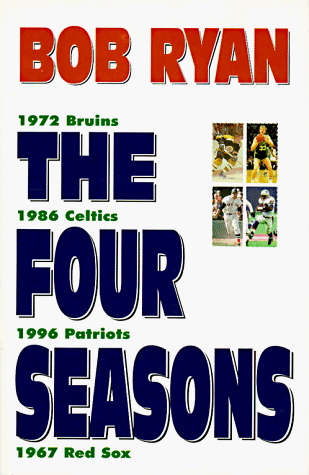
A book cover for The Four Seasons; Bob Ryan; Sports & Outdoors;